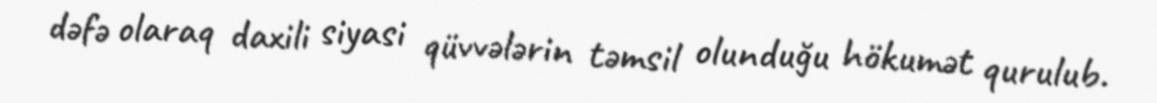
dəfə olaraq daxili siyasi qüvvələrin təmsil olunduğu hökumət qurulub.